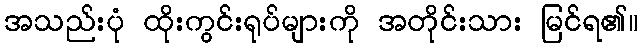
အသည်းပုံ ထိုးကွင်းရုပ်များကို အတိုင်းသား မြင်ရ၏။